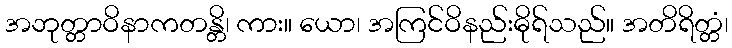
အဘုတ္တာဝိနာကတန္တိ၊ ကား။ ယော၊ အကြင်ဝိနည်းဓိုရ်သည်။ အတိရိတ္တံ၊